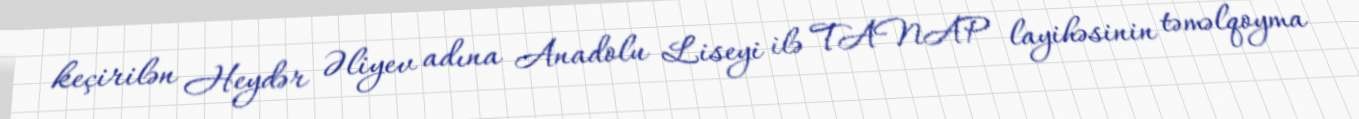
keçirilən Heydər Əliyev adına Anadolu Liseyi ilə TANAP layihəsinin təməlqoyma